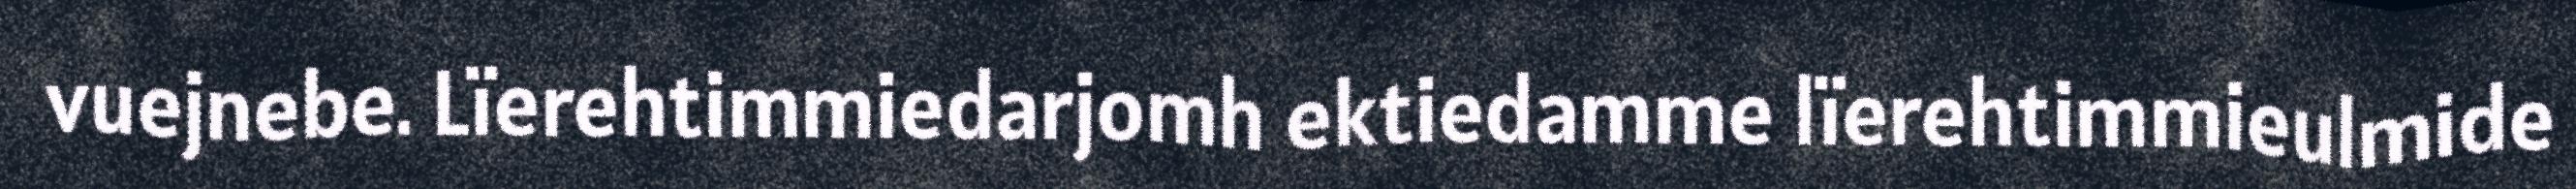
vuejnebe. Lïerehtimmiedarjomh ektiedamme lïerehtimmieulmide